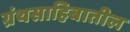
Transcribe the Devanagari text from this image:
ग्रंथसाहिबातील